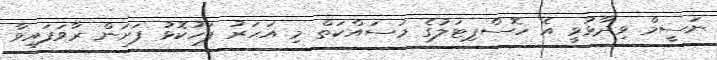
ނަސީމް ވިދާޅުވީ އެ ހޮސްޕިޓަލުގެ މަސައްކަތް މި އަހަރު ފަހުކޮޅު ފަށަން ރާވަފައިވާ